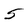
Character: 5